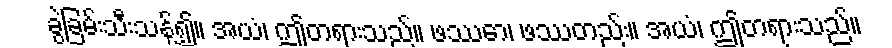
ခွဲခြမ်းသီးသန့်၍။ အယံ၊ ဤတရားသည်။ ဖဿော၊ ဖဿတည်း။ အယံ၊ ဤတရားသည်။